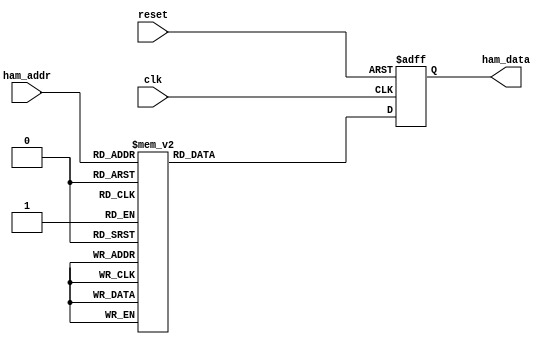
module reghw(ham_data,ham_addr,clk,reset);
      
output [4:0]ham_data;//hamming window coefficient (5bits 2's complement)
reg [4:0]ham_data;

//input [6:0]ham_addr;//truy cap 2^7=128 thanh ghi, can 80 thanh ghi
//Thuong 29Oct13 begin
input [7:0]ham_addr;//truy cap 2^7=128 thanh ghi, can 80 thanh ghi 
//Thuong 29Oct13 end
//input wr_en;
input clk,reset;

always@(posedge clk or negedge reset)
begin
  if(reset==0)
  begin
    ham_data<=0;
  end
  else
  begin
/*-----assign different register to output----*/
    case(ham_addr)
	    0:  ham_data <= 1;
	    1:  ham_data <= 1;
	    2:  ham_data <= 1;
	    3:  ham_data <= 1;
	    4:  ham_data <= 1;
	    5:  ham_data <= 1;
	    6:  ham_data <= 1;
	    7:  ham_data <= 1;
	    8:  ham_data <= 1;
	    9:  ham_data <= 1;
	    10: ham_data <= 1;
	    11: ham_data <= 1;
	    12: ham_data <= 2;
	    13: ham_data <= 2;
	    14: ham_data <= 2;
	    15: ham_data <= 2;
	    16: ham_data <= 2;
	    17: ham_data <= 2;
	    18: ham_data <= 3;
	    19: ham_data <= 3;
	    20: ham_data <= 3;
	    21: ham_data <= 3;
	    22: ham_data <= 3;
	    23: ham_data <= 4;
	    24: ham_data <= 4;
	    25: ham_data <= 4;
	    26: ham_data <= 4;
	    27: ham_data <= 5;
	    28: ham_data <= 5;
	    29: ham_data <= 5;
	    30: ham_data <= 5;
	    31: ham_data <= 6;
	    32: ham_data <= 6;
	    33: ham_data <= 6;
	    34: ham_data <= 6;
	    35: ham_data <= 7;
	    36: ham_data <= 7;
	    37: ham_data <= 7;
	    38: ham_data <= 8;
	    39: ham_data <= 8;
	    40: ham_data <= 8;
	    41: ham_data <= 9;
	    42: ham_data <= 9;
	    43: ham_data <= 9;
	    44: ham_data <= 9;
	    45: ham_data <= 10;
	    46: ham_data <= 10;
	    47: ham_data <= 10;
	    48: ham_data <= 10;
	    49: ham_data <= 11;
	    50: ham_data <= 11;
	    51: ham_data <= 11;
	    52: ham_data <= 12;
	    53: ham_data <= 12;
	    54: ham_data <= 12;
	    55: ham_data <= 12;
	    56: ham_data <= 13;
	    57: ham_data <= 13;
	    58: ham_data <= 13;
	    59: ham_data <= 13;
	    60: ham_data <= 13;
	    61: ham_data <= 14;
	    62: ham_data <= 14;
	    63: ham_data <= 14;
	    64: ham_data <= 14;
	    65: ham_data <= 14;
	    66: ham_data <= 14;
	    67: ham_data <= 15;
	    68: ham_data <= 15;
	    69: ham_data <= 15;
	    70: ham_data <= 15;
	    71: ham_data <= 15;
	    72: ham_data <= 15;
	    73: ham_data <= 15;
	    74: ham_data <= 15;
	    75: ham_data <= 15;
	    76: ham_data <= 15;
	    77: ham_data <= 15;
	    78: ham_data <= 15;
	    79: ham_data <= 15;
	    80: ham_data <= 15;
	    81: ham_data <= 15;
	    82: ham_data <= 15;
	    83: ham_data <= 15;
	    84: ham_data <= 15;
	    85: ham_data <= 15;
	    86: ham_data <= 15;
	    87: ham_data <= 15;
	    88: ham_data <= 15;
	    89: ham_data <= 15;
	    90: ham_data <= 15;
	    91: ham_data <= 15;
	    92: ham_data <= 15;
	    93: ham_data <= 14;
	    94: ham_data <= 14;
	    95: ham_data <= 14;
	    96: ham_data <= 14;
	    97: ham_data <= 14;
	    98: ham_data <= 14;
	    99: ham_data <= 13;
	    100:ham_data <= 13;
	    101:ham_data <= 13;
	    102:ham_data <= 13;
	    103:ham_data <= 13;
	    104:ham_data <= 12;
	    105:ham_data <= 12;
	    106:ham_data <= 12;
	    107:ham_data <= 12;
	    108:ham_data <= 11;
	    109:ham_data <= 11;
	    110:ham_data <= 11;
	    111:ham_data <= 10;
	    112:ham_data <= 10;
	    113:ham_data <= 10;
	    114:ham_data <= 10;
	    115:ham_data <= 9;
	    116:ham_data <= 9;
	    117:ham_data <= 9;
	    118:ham_data <= 9;
	    119:ham_data <= 8;
	    120:ham_data <= 8;
	    121:ham_data <= 8;
	    122:ham_data <= 7;
	    123:ham_data <= 7;
	    124:ham_data <= 7;
	    125:ham_data <= 6;
	    126:ham_data <= 6;
	    127:ham_data <= 6;
	    128:ham_data <= 6;
	    129:ham_data <= 5;
	    130:ham_data <= 5;
	    131:ham_data <= 5;
	    132:ham_data <= 5;
	    133:ham_data <= 4;
	    134:ham_data <= 4;
	    135:ham_data <= 4;
	    136:ham_data <= 4;
	    137:ham_data <= 3;
	    138:ham_data <= 3;
	    139:ham_data <= 3;
	    140:ham_data <= 3;
	    141:ham_data <= 3;
	    142:ham_data <= 2;
	    143:ham_data <= 2;
	    144:ham_data <= 2;
	    145:ham_data <= 2;
	    146:ham_data <= 2;
	    147:ham_data <= 2;
	    148:ham_data <= 1;
	    149:ham_data <= 1;
	    150:ham_data <= 1;
	    151:ham_data <= 1;
	    152:ham_data <= 1;
	    153:ham_data <= 1;
	    154:ham_data <= 1;
	    155:ham_data <= 1;
	    156:ham_data <= 1;
	    157:ham_data <= 1;
	    158:ham_data <= 1;
	    159:ham_data <= 1;
      default:  ham_data<=0;
    endcase
  end
end
endmodule